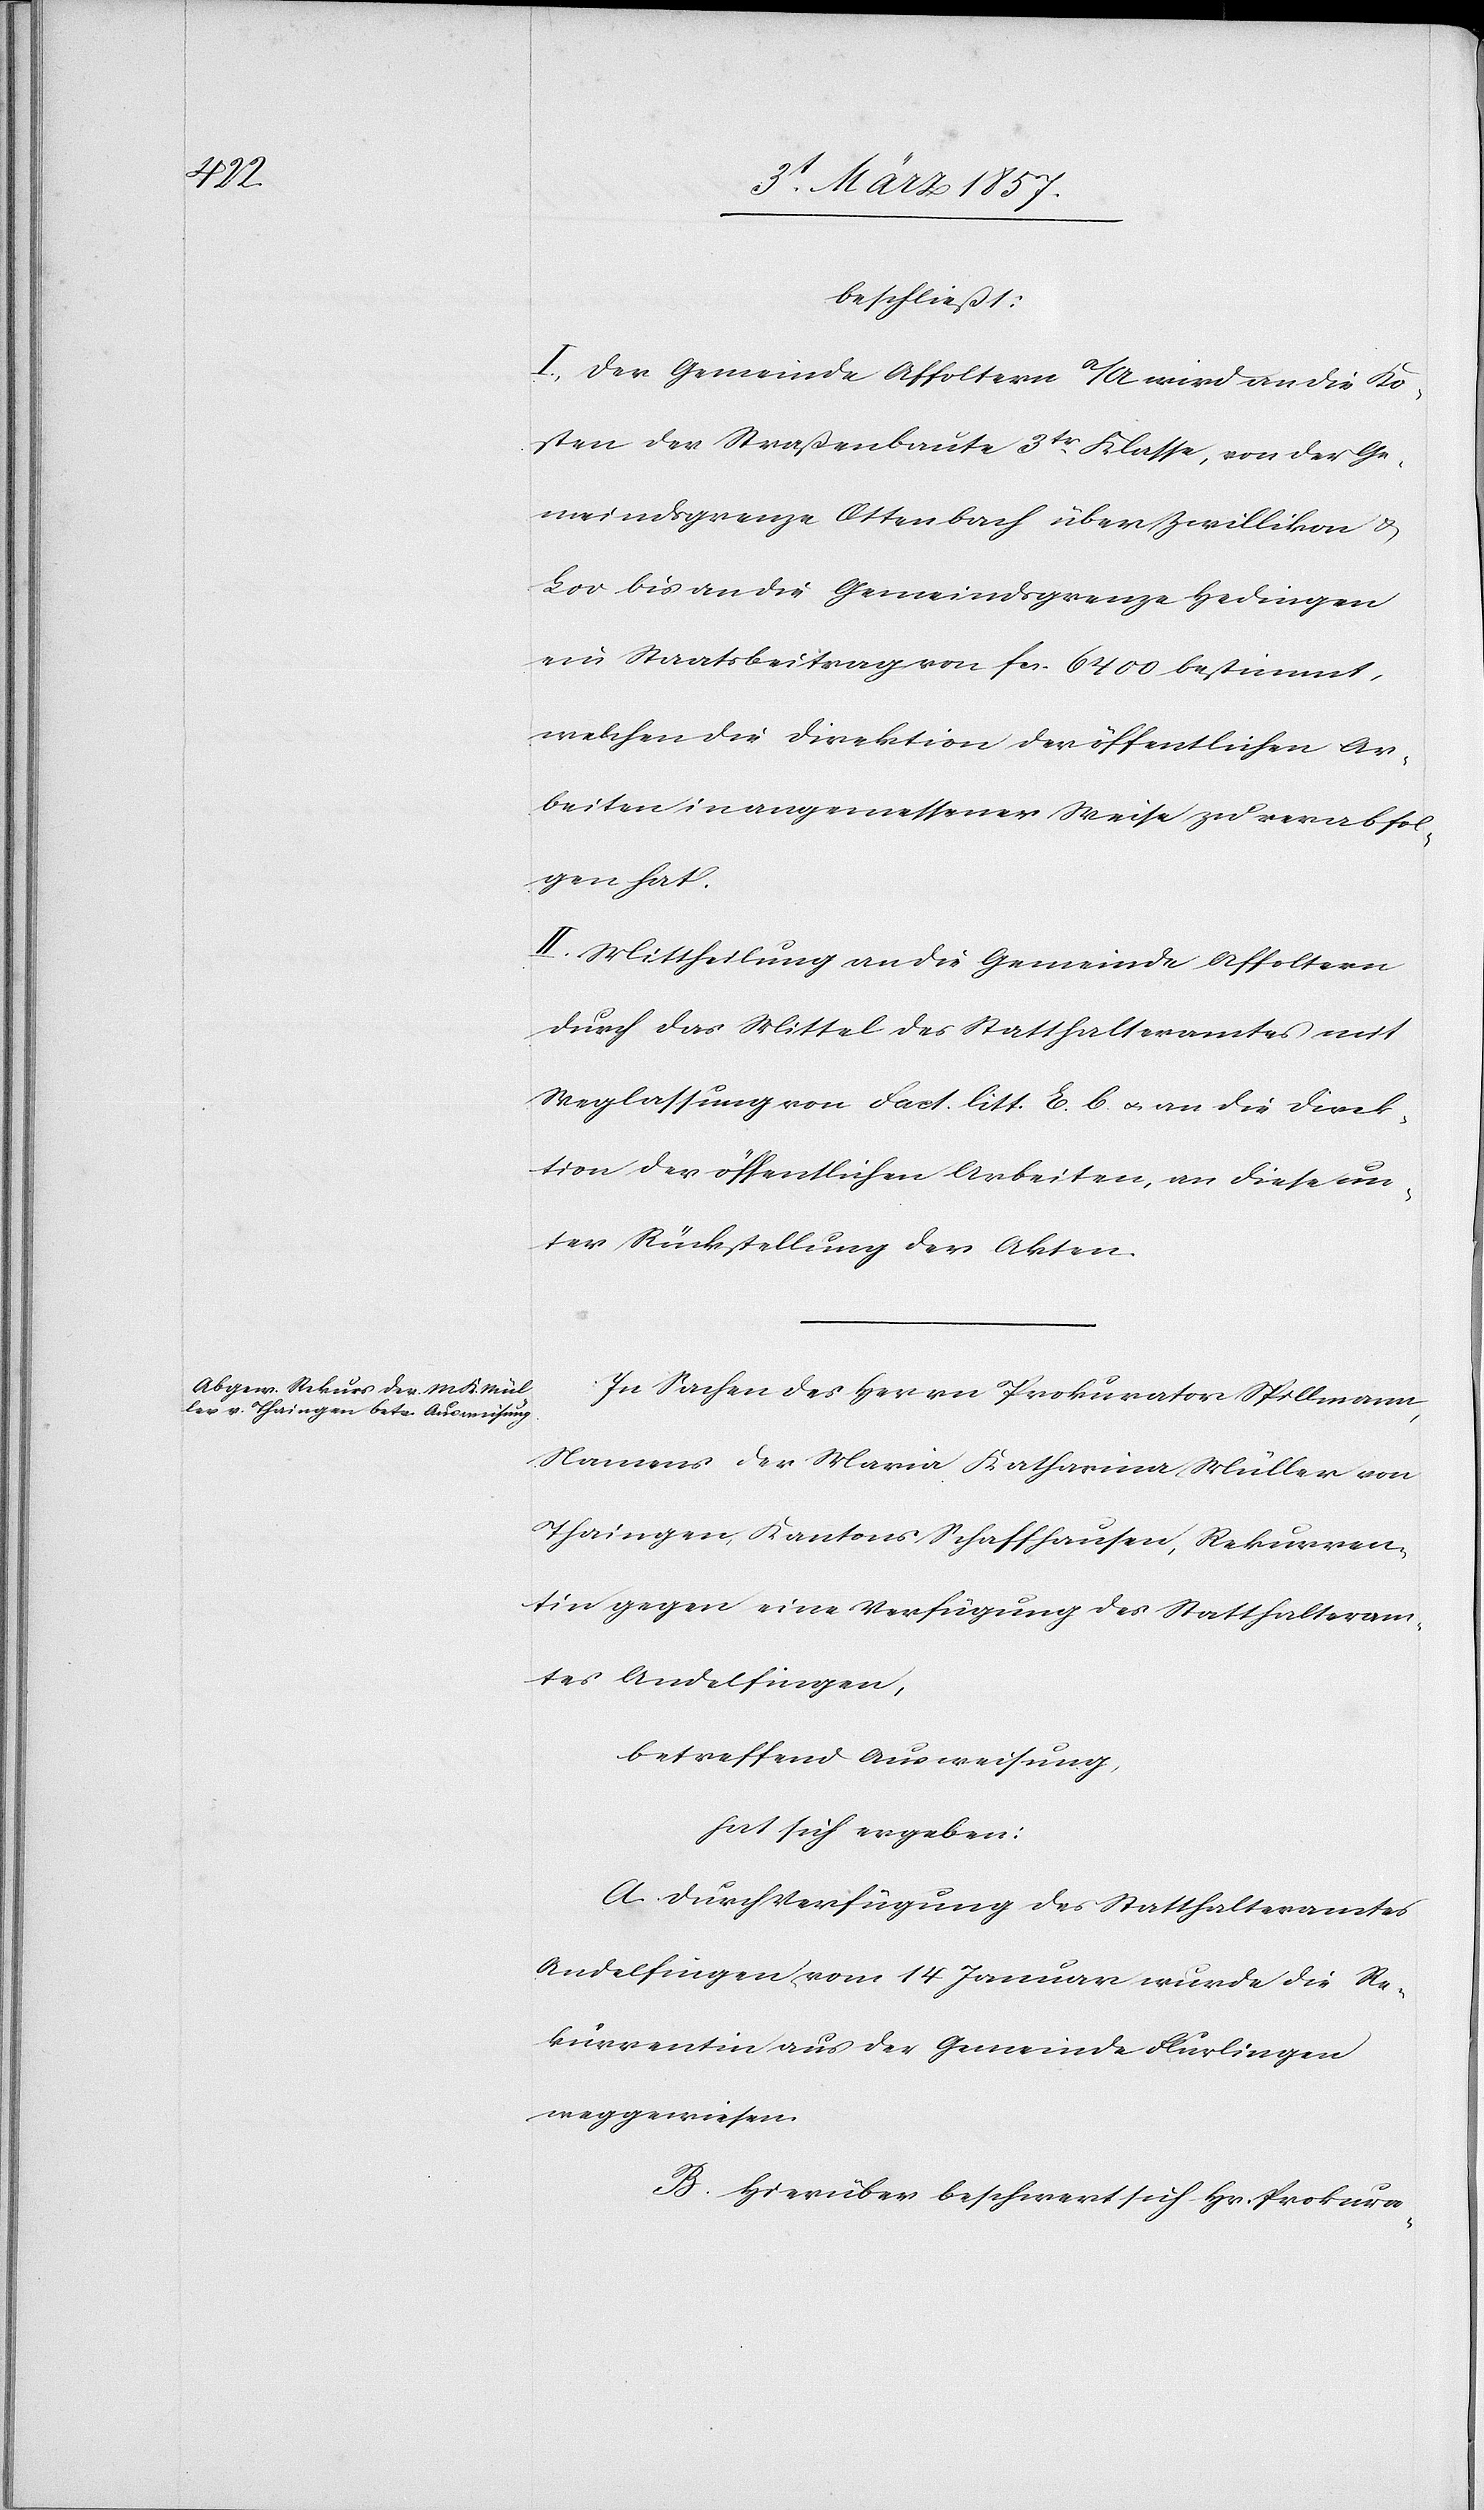
beschließt:
I. Der Gemeinde Affoltern a/A wird an die Ko¬
sten der Straßenbaute 3tr Klasse, von der Ge¬
meindsgrenze Ottenbach über Zwillikon u.
Loo bis an die Gemeindsgrenze Hedingen
ein Staatsbeitrag von fr. 6400 bestimmt,
welchen die Direktion der öffentlichen Ar¬
beiten in angemessener Weise zu verabfol¬
gen hat.
II. Mittheilung an die Gemeinde Affoltern
durch das Mittel des Statthalteramtes mit
Weglassung von Fact. litt. E. b. u. an die Direk¬
tion der öffentlichen Arbeiten, an diese un¬
ter Rückstellung der Akten
In Sachen des Herrn Prokurator Spillmann,
Namens der Maria Katharina Müller von
Thaingen, Kantons Schaffhausen, Rekurren¬
tin gegen eine Verfügung des Statthalteram¬
tes Andelfingen,
betreffend Ausweisung,
hat sich ergeben:
A. Durch Verfügung des Statthalteramtes
Andelfingen vom 4 Januar wurde die Re¬
kurrentin aus der Gemeinde Flurlingen
weggewiesen.
B. Hierüber beschwert sich Hr. Prokura-